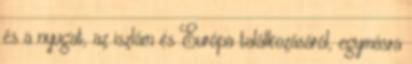
és a nyugat, az iszlám és Európa találkozásáról, egymásra